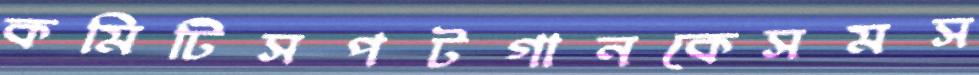
কমিটিসপটগানকেসমস